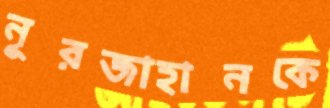
নূরজাহানকে